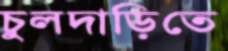
চুলদাড়িতে